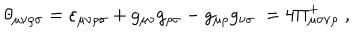
\theta _ { \mu \nu \rho \sigma } = \varepsilon _ { \mu \nu \rho \sigma } + g _ { \mu \nu } g _ { \rho \sigma } - g _ { \mu \rho } g _ { \nu \sigma } \; = 4 \Pi _ { \mu \sigma \nu \rho } ^ { + } \; ,